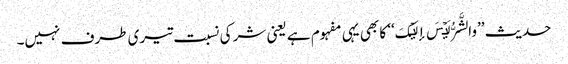
حدیث ’’والشَّرُّ لَیۡسَ إلَیۡکَ‘‘ کا بھی یہی مفہوم ہے یعنی شر کی نسبت تیری طرف نہیں۔